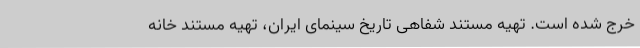
خرج شده است. تهیه مستند شفاهی تاریخ سینمای ایران، تهیه مستند خانه